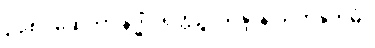
၃၉၈။ ဆေတွာ နဒ္ဓိံ ဝရတ္တဉ္စ၊ သန္ဒာနံ သဟနုက္ကမံ။